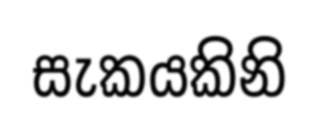
සැකයකිනි